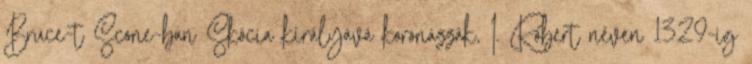
Bruce-t Scone-ban Skócia királyává koronázzák, I. Róbert néven 1329-ig